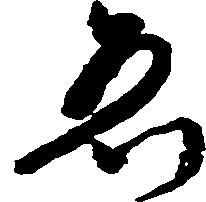
ゑ